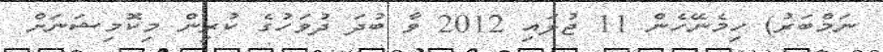
ނަމްބަރު) ހިމެނޭހެން 11 ޖުލައި 2012 ވާ ބުދަ ދުވަހުގެ ކުރިން މިކޮމިޝަނަށް